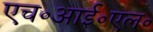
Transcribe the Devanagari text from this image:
एच॰आई॰एल॰